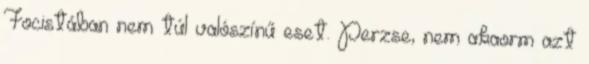
Focistában nem túl valószínű eset. Perzse, nem akaorm azt